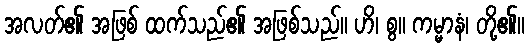
အလတ်၏ အဖြစ် ထက်သည်၏ အဖြစ်သည်။ ဟိ၊ စွ။ ကမ္မာနံ၊ တို့၏။